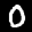
Label: 0